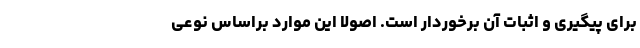
برای پیگیری و اثبات آن برخوردار است. اصولا این موارد براساس نوعی